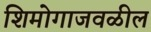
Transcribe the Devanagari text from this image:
शिमोगाजवळील